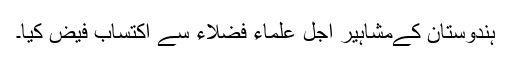
ہندوستان کےمشاہیر اجل علماء فضلاء سے اکتساب فیض کیا۔